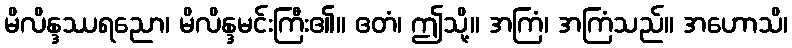
မိလိန္ဒဿရညော၊ မိလိန္ဒမင်းကြီး၏။ ဧတံ၊ ဤသို့။ အကြံ၊ အကြံသည်။ အဟောသိ၊